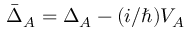
\bar { \Delta } _ { A } = \Delta _ { A } - ( i / \hbar ) V _ { A }